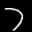
Label: 7